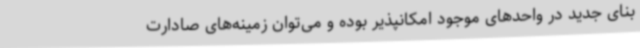
بنای جدید در واحدهای موجود امکانپذیر بوده و می‌توان زمینه‌های صادارت